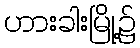
ဟားခါးမြို့၌